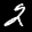
Label: 2